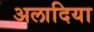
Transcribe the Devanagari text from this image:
अलादिया